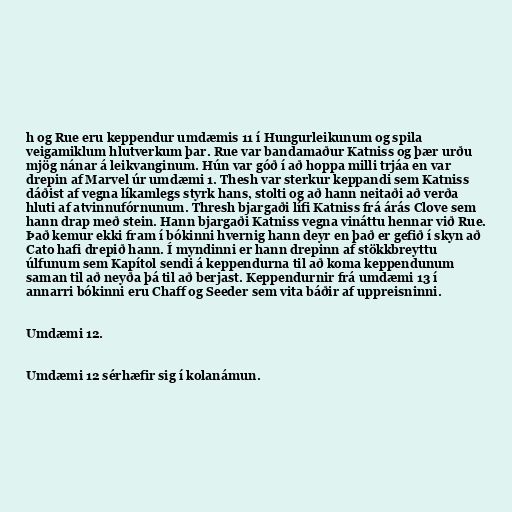
h og Rue eru keppendur umdæmis 11 í Hungurleikunum og spila
veigamiklum hlutverkum þar. Rue var bandamaður Katniss og þær urðu
mjög nánar á leikvanginum. Hún var góð í að hoppa milli trjáa en var
drepin af Marvel úr umdæmi 1. Thesh var sterkur keppandi sem Katniss
dáðist af vegna líkamlegs styrk hans, stolti og að hann neitaði að verða
hluti af atvinnufórnunum. Thresh bjargaði lífi Katniss frá árás Clove sem
hann drap með stein. Hann bjargaði Katniss vegna vináttu hennar við Rue.
Það kemur ekki fram í bókinni hvernig hann deyr en það er gefið í skyn að
Cato hafi drepið hann. Í myndinni er hann drepinn af stökkbreyttu
úlfunum sem Kapítol sendi á keppendurna til að koma keppendunum
saman til að neyða þá til að berjast. Keppendurnir frá umdæmi 13 í
annarri bókinni eru Chaff og Seeder sem vita báðir af uppreisninni.

Umdæmi 12.

Umdæmi 12 sérhæfir sig í kolanámun.